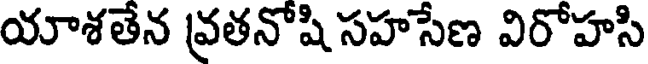
యాశతేన వ్రతనోషి సహసేణ విరోహసి